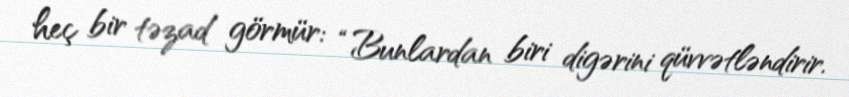
heç bir təzad görmür: “Bunlardan biri digərini qüvvətləndirir.